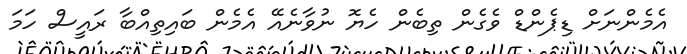
އެމެންނަށް ޑިޕެންޑް ވެގެން ތިބެން ހެޔޮ ނުވާނެއޭ އެމެން ބައިތިއްބާ ރައީސް ހަމަ